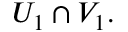
U _ { 1 } \cap V _ { 1 } .